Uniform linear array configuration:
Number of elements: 8
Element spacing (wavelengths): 0.75
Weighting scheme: cosine
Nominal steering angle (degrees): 45
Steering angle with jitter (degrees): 44.012
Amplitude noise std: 0.05
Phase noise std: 0.05

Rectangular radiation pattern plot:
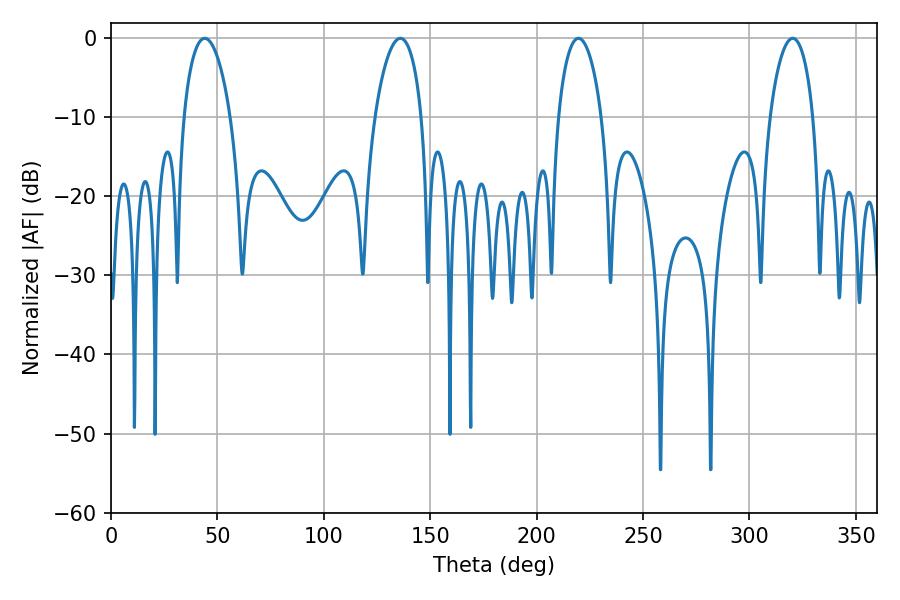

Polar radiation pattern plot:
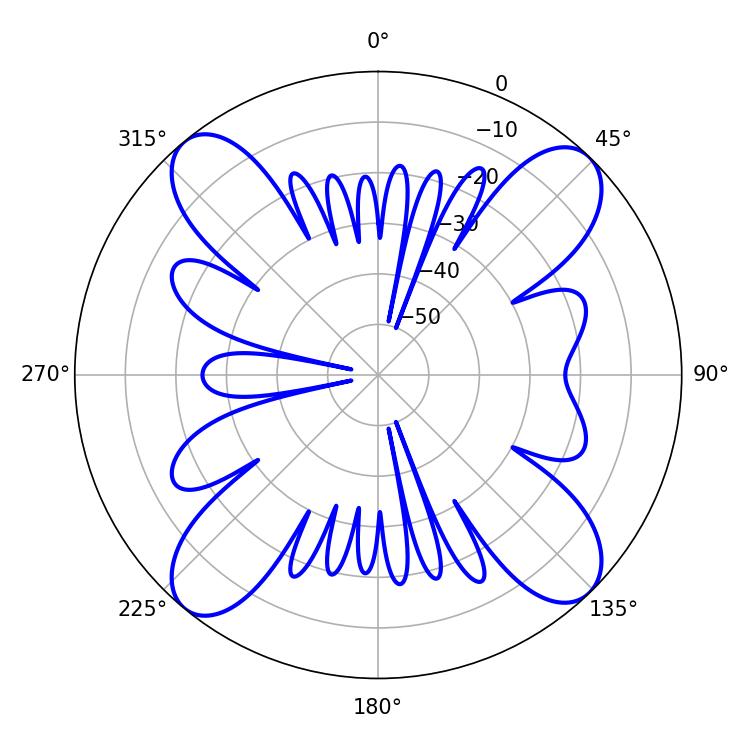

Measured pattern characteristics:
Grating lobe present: TRUE
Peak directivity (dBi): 16.15
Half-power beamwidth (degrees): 11.7
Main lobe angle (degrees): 219.6